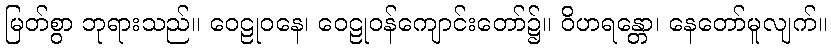
မြတ်စွာ ဘုရားသည်။ ဝေဠုဝနေ၊ ဝေဠုဝန်ကျောင်းတော်၌။ ဝိဟရန္တော၊ နေတော်မူလျက်။